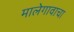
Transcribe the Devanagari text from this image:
मालेगावाचा